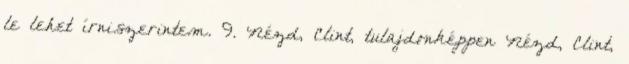
le lehet í­rni.szerintem. 9. Nézd, Clint, tulajdonképpen Nézd, Clint,